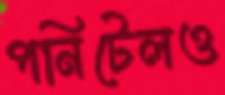
পনিটেলও